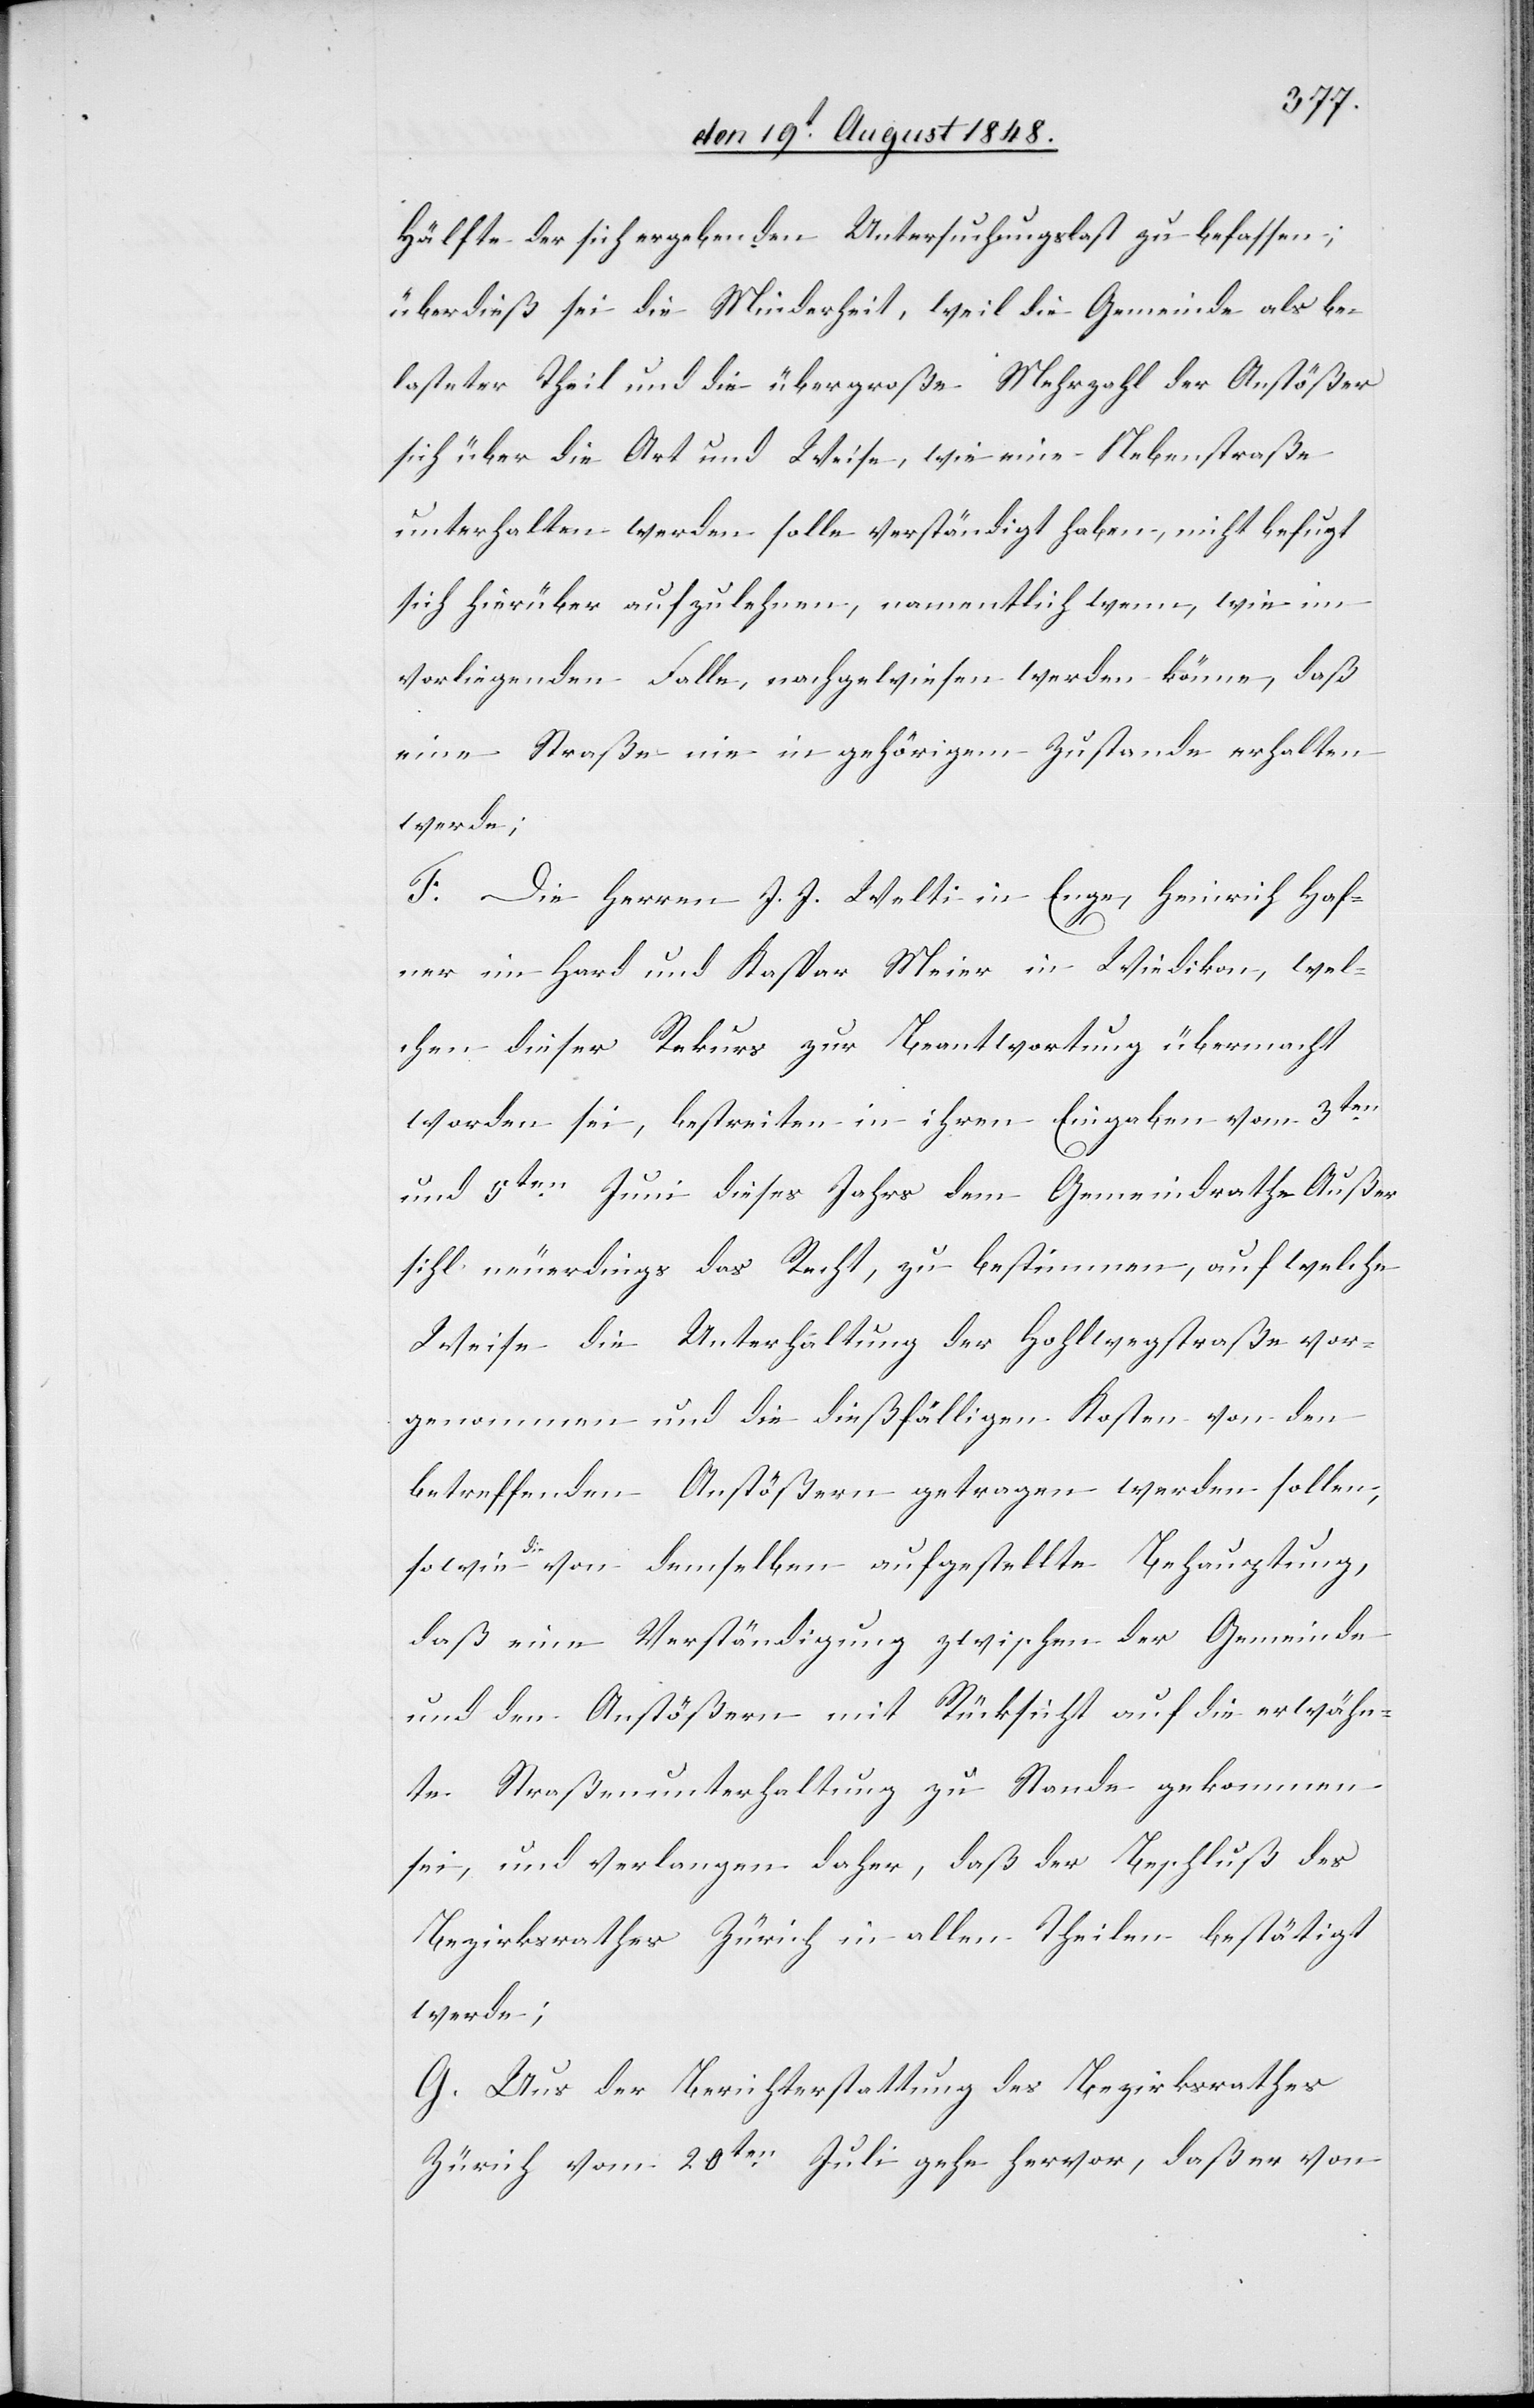
Hälfte der sich ergebenden Untersuchungslast zu befassen;
überdieß sei die Minderheit, weil die Gemeinde als be¬
lasteter Theil und die übergroße Mehrzahl der Anstößer
sich über die Art und Weise, wie eine Nebenstraße
unterhalten werden solle verständigt haben, nicht befugt
sich hierüber aufzulehnen, namentlich wenn, wie im
vorliegenden Falle, nachgewiesen werden könne, daß
eine Straße nie in gehörigem Zustande erhalten
werde;
F. Die Herren J. J. Welti in Enge, Heinrich Haf¬
ner im Hard und Kaspar Meier in Wiedikon, wel¬
chen dieser Rekurs zur Beantwortung übermacht
worden sei, bestreiten in ihren Eingaben vom 3ten
und 5ten Juni dieses Jahrs dem Gemeindrathe Außer¬
sihl neuerdings das Recht, zu bestimmen, auf welche
Weise die Unterhaltung der Hohlwegstraße vor¬
genommen und die dießfälligen Kosten von den
betreffenden Anstößern getragen werden sollen,
sowie die von demselben aufgestellte Behauptung,
daß eine Verständigung zwischen der Gemeinde
und den Anstößern mit Rücksicht auf die erwähn¬
te Straßenunterhaltung zu Stande gekommen
sei, und verlangen daher, daß der Beschluß des
Bezirksrathes Zürich in allen Theilen bestätigt
werde;
G. Aus der Berichterstattung des Bezirksrathes
Zürich vom 20ten Juli gehe hervor, daß er von